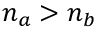
n _ { a } > n _ { b }